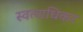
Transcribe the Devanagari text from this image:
स्वत्वाधिकर